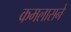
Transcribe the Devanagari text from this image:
कमलासने